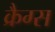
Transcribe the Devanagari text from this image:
क्रैग्स